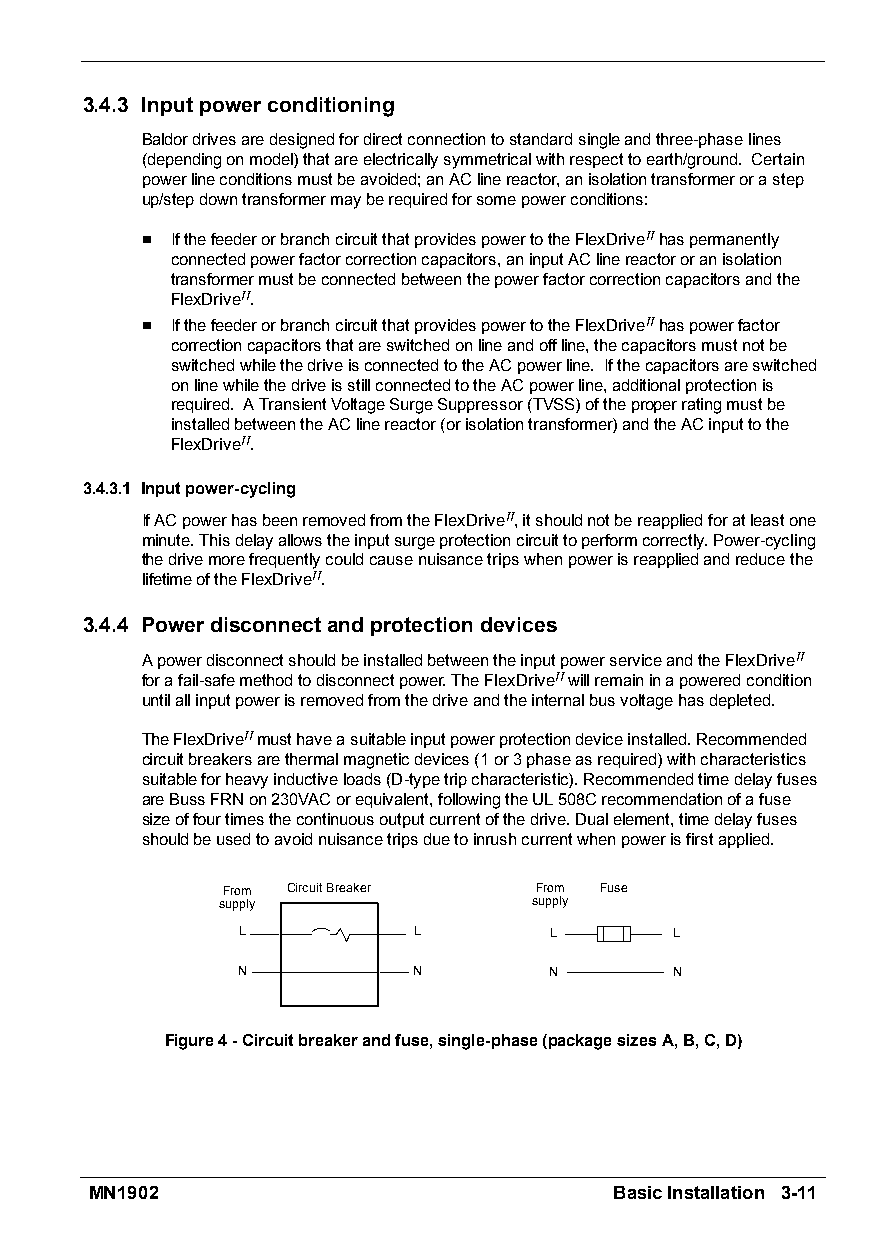
3.4.3 Inputpowerconditioning
 Baldordrivesaredesignedfordirectconnectiontostandardsingleandthree-phaselines
 (dependingonmodel)thatareelectricallysymmetricalwithrespecttoearth/ground. Certain
 powerlineconditionsmustbeavoided;anAClinereactor,anisolationtransformerorastep
 up/stepdowntransformermayberequiredforsomepowerconditions:
 H IfthefeederorbranchcircuitthatprovidespowertotheFlexDriveIIhaspermanently
 connectedpowerfactorcorrectioncapacitors,aninputAClinereactororanisolation
 transformermustbeconnectedbetweenthepowerfactorcorrectioncapacitorsandthe
 FlexDriveII.
 H IfthefeederorbranchcircuitthatprovidespowertotheFlexDriveIIhaspowerfactor
 correctioncapacitorsthatareswitchedonlineandoffline,thecapacitorsmustnotbe
 switchedwhilethedriveisconnectedtotheACpowerline. Ifthecapacitorsareswitched
 onlinewhilethedriveisstillconnectedtotheACpowerline,additionalprotectionis
 required. ATransientVoltageSurgeSuppressor(TVSS)oftheproperratingmustbe
 installedbetweentheAClinereactor(orisolationtransformer)andtheACinputtothe
 FlexDriveII.
 3.4.3.1 Inputpower-cycling
 IfACpowerhasbeenremovedfromtheFlexDriveII,itshouldnotbereappliedforatleastone
 minute.Thisdelayallowstheinputsurgeprotectioncircuittoperformcorrectly.Power-cycling
 thedrivemorefrequentlycouldcausenuisancetripswhenpowerisreappliedandreducethe
 lifetimeoftheFlexDriveII.
 3.4.4 Powerdisconnectandprotectiondevices
 ApowerdisconnectshouldbeinstalledbetweentheinputpowerserviceandtheFlexDriveII
 forafail-safemethodtodisconnectpower.TheFlexDriveIIwillremaininapoweredcondition
 untilallinputpowerisremovedfromthedriveandtheinternalbusvoltagehasdepleted.
 TheFlexDriveIImusthaveasuitableinputpowerprotectiondeviceinstalled.Recommended
 circuitbreakersarethermalmagneticdevices(1or3phaseasrequired)withcharacteristics
 suitableforheavyinductiveloads(D-typetripcharacteristic).Recommendedtimedelayfuses
 areBussFRNon230VACorequivalent,followingtheUL508Crecommendationofafuse
 sizeoffourtimesthecontinuousoutputcurrentofthedrive.Dualelement,timedelayfuses
 shouldbeusedtoavoidnuisancetripsduetoinrushcurrentwhenpowerisfirstapplied.
 From CircuitBreaker From Fuse
 supply               supply
 L          L        L       L
 N          N        N        N
 Figure4-Circuitbreakerandfuse,single-phase(packagesizesA,B,C,D)
 MN1902                             BasicInstallation 3-11